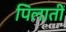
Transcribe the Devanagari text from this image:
पिलातीं